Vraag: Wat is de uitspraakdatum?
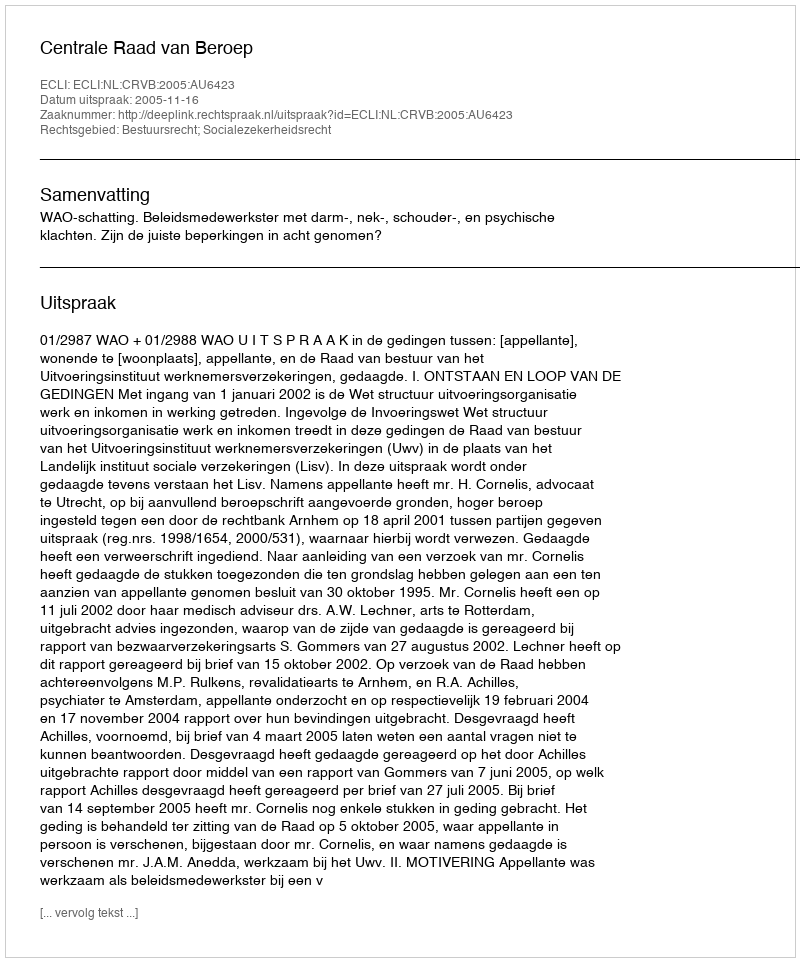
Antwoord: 2005-11-16